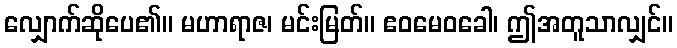
လျှောက်ဆိုပေ၏။ မဟာရာဇ၊ မင်းမြတ်။ ဧဝမေဝခေါ၊ ဤအတူသာလျှင်။